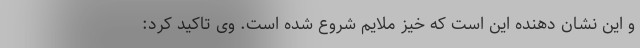
و این نشان دهنده این است که خیز ملایم شروع شده است. وی تاکید کرد: